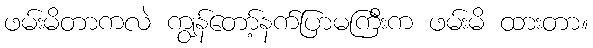
ဖမ်းမိတာကလဲ ကျွန်တော့်နက်ပြာမကြီးက ဖမ်းမိ ထားတာ။